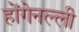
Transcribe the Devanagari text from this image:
होंगेनल्ली